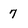
Character: 7